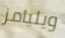
ويليامز